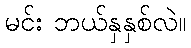
မင်း ဘယ်နှနှစ်လဲ။